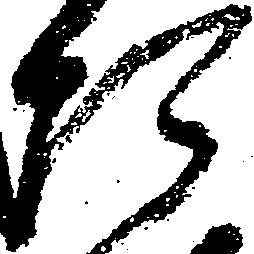
た